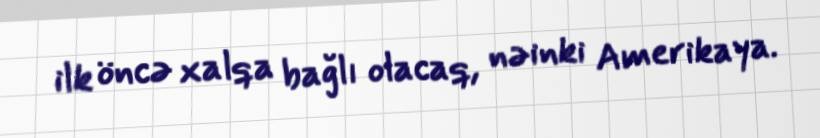
ilk öncə xalqa bağlı olacaq, nəinki Amerikaya.